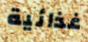
غذائية